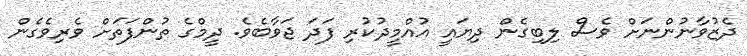
ދެޒުވާނުންނަށް ވެސް ލިބިގެން ދިޔައީ އުއްމީދުކުރި ފަދަ ޖަވާބެވެ. ދީމްގެ ތުންފަތަށް ވެރިވެގެން